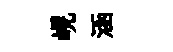
峴涵